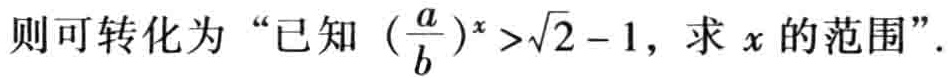
则可转化为 “已知 \((\frac{a}{b})^{x}>\sqrt{2}-1\)，求 \(x\) 的范围”.